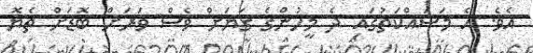
އެވެ. އެ މަސައްކަތުގައި ދެ މީހުންގެ ގަޔަށް ވެސް ވަރަށް ބޮޑަށް ތެޔޮ